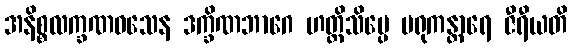
အနိစ္စလက္ခဏဝသေန ဒက္ခိဏဘာဂေ ဟတ္ထိသိပ္ပေ မရုကန္တာရေ ဇီရီယတိ